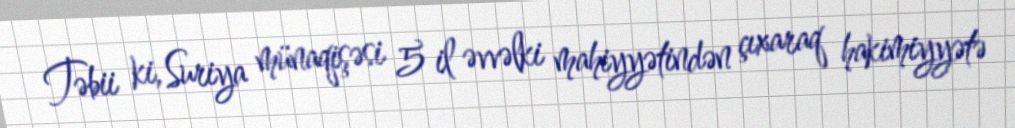
Təbii ki, Suriya münaqişəsi 5 il əvvəlki mahiyyətindən çıxaraq hakimiyyətə